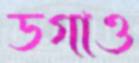
ডগাও